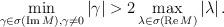
LaTeX: \begin{align*}\min\limits_{\gamma\in\sigma\left( \operatorname{Im}M\right) ,\gamma\not =0}\left\vert \gamma\right\vert >2\max\limits_{\lambda\in\sigma\left( \operatorname{Re}M\right) }\left\vert \lambda\right\vert .\end{align*}